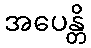
အပေန္တိ